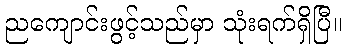
ညကျောင်းဖွင့်သည်မှာ သုံးရက်ရှိပြီ။